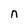
Character: n